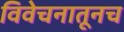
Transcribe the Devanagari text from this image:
विवेचनातूनच